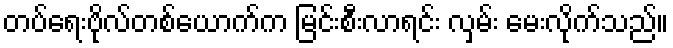
တပ်ရေးဗိုလ်တစ်ယောက်က မြင်းစီးလာရင်း လှမ်း မေးလိုက်သည်။